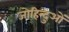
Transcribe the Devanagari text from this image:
जोहिन्दुओं